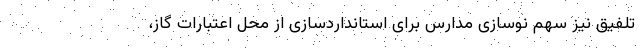
تلفیق نیز سهم نوسازی مدارس برای استاندارد‌سازی از محل اعتبارات گاز،